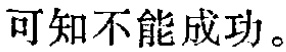
可知不能成功。